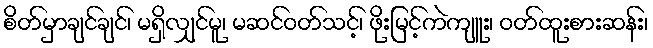
စိတ်မှာချင်ချင်၊ မရှိလျှင်မူ၊ မဆင်ဝတ်သင့်၊ ဖိုးမြင့်ကဲကျူး၊ ဝတ်ထူးစားဆန်း၊